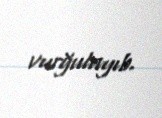
vurğulayıb.